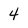
Character: 4